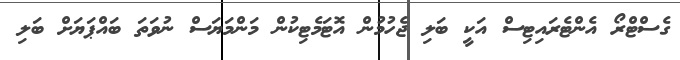
ގެސްޓްރޯ އެންޓެރައިޓިސް އަކީ ބަލި ޖެހުމުން އޮޓަމެޓިކުން މަންމަޔަސް ނުވަތަ ބައްޕަޔަށް ބަލި